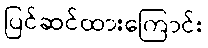
ပြင်ဆင်ထားကြောင်း